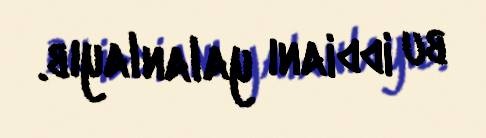
bu iddianı yalanlayıb.